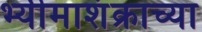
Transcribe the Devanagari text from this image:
भ्यीमाशंक्राच्या